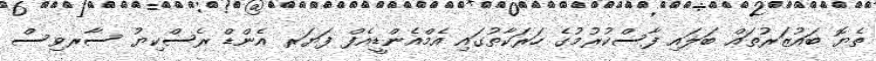
ތެޔޮ ބައުޒަރުތައް ބަލައި ފާސްކުރުމުގެ ހަރަކާތުގައި އެމްއެންޑީއެފް ފަޔަރ އެންޑް ރެސްކިޔު ސާރވިސް